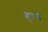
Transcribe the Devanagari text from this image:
हाचं